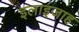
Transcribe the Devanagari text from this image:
इलाइजाह